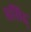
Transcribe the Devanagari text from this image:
प्रसिद्द्